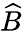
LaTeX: \widehat{B}